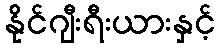
နိုင်ဂျီးရီးယားနှင့်